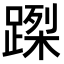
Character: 𨃮